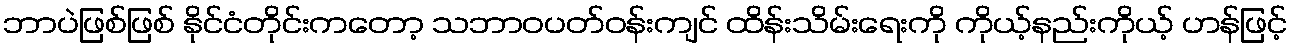
ဘာပဲဖြစ်ဖြစ် နိုင်ငံတိုင်းကတော့ သဘာဝပတ်ဝန်းကျင် ထိန်းသိမ်းရေးကို ကိုယ့်နည်းကိုယ့် ဟန်ဖြင့်